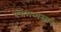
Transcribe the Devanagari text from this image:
पंचगव्यस्नान